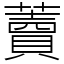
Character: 藚